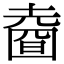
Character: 𡐑